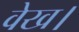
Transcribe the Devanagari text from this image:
वेख।